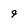
Character: 9